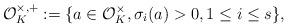
LaTeX: \begin{align*}\mathcal O_K^{\times,+} := \{a \in \mathcal O_K^\times, \sigma_i (a) > 0, 1 \le i \le s \},\end{align*}